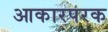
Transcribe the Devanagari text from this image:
आकारपरक